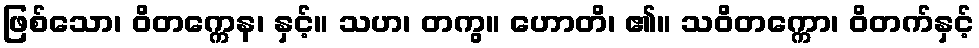
ဖြစ်သော၊ ဝိတက္ကေန၊ နှင့်။ သဟ၊ တကွ။ ဟောတိ၊ ၏။ သဝိတက္ကော၊ ဝိတက်နှင့်